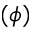
( \phi )